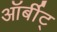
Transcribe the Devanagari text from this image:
ऑर्बीट्